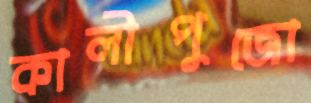
কালীপুজো